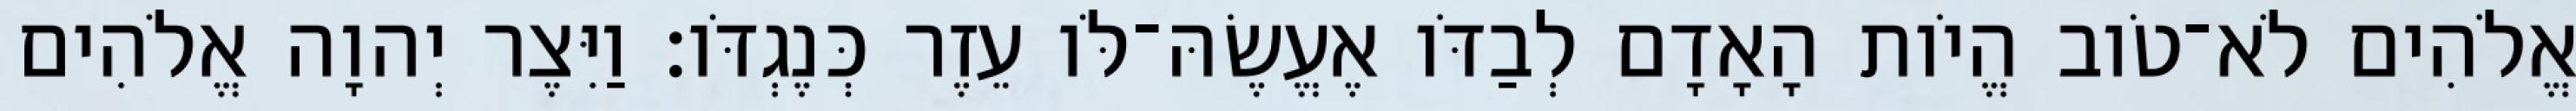
אֱלֹהִים לֹא־טֹוב הֱיֹות הָאָדָם לְבַדֹּו אֶעֱשֶׂהּ־לֹּו עֵזֶר כְּנֶגְדֹּו׃ וַיִּצֶר יְהוָה אֱלֹהִים